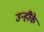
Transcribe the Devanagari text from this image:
उन्हींके